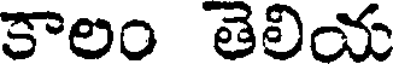
కాలం తెలియ